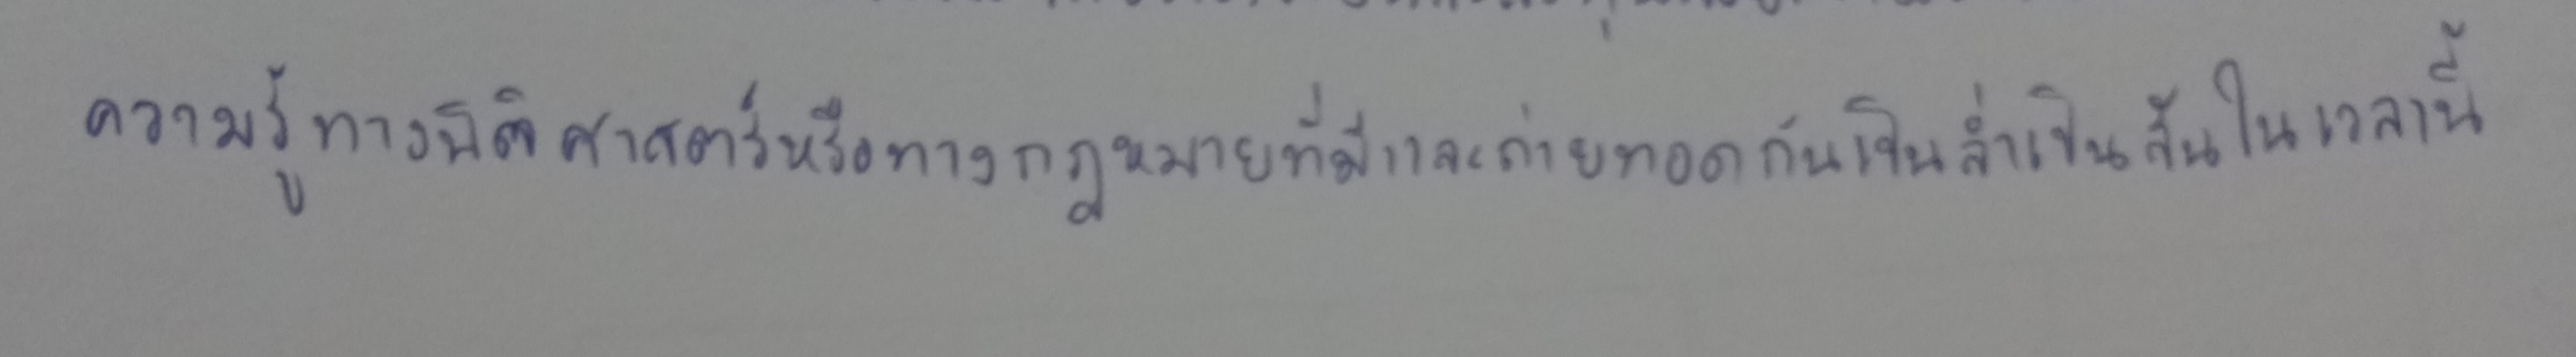
ความรู้ทางนิติศาสตร์หรือทางกฎหมายที่มีและถ่ายทอดกันเป็นล่ำเป็นสันในเวลานี้